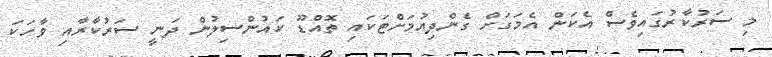
މި ސަރުކާރުގައިވެސް އެކަން އެމަގަށް ގެންދިއުމަށްޓަކައި ތޮއްޑޫ ކައުންސިލުން ދަނީ ސަރުކާރާއި ވާހަކަ